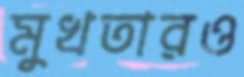
মুখতারও